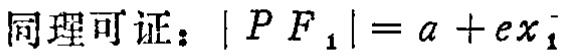
同理可证：\(\vert PF_{1}\vert = a + ex_{1}\)